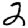
Digit: 2